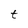
Character: t